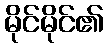
မိုင်မိုင်၏